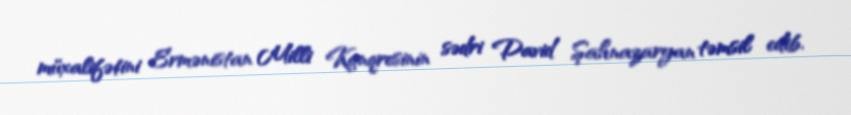
müxalifətini Ermənistan Milli Konqresinin sədri David Şahnazaryan təmsil edib.